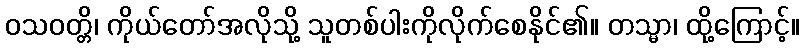
ဝသဝတ္တိ၊ ကိုယ်တော်အလိုသို့ သူတစ်ပါးကိုလိုက်စေနိုင်၏။ တသ္မာ၊ ထို့ကြောင့်။